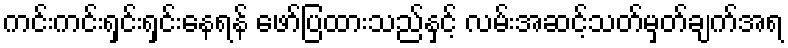
ကင်းကင်းရှင်းရှင်းနေရန် ဖော်ပြထားသည်နှင့် လမ်းအဆင့်သတ်မှတ်ချက်အရ